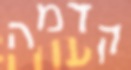
קדמה